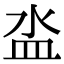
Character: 泴